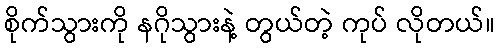
စိုက်သွားကို နဂိုသွားနဲ့ တွယ်တဲ့ ကုပ် လိုတယ်။